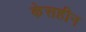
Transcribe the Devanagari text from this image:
केसहीन